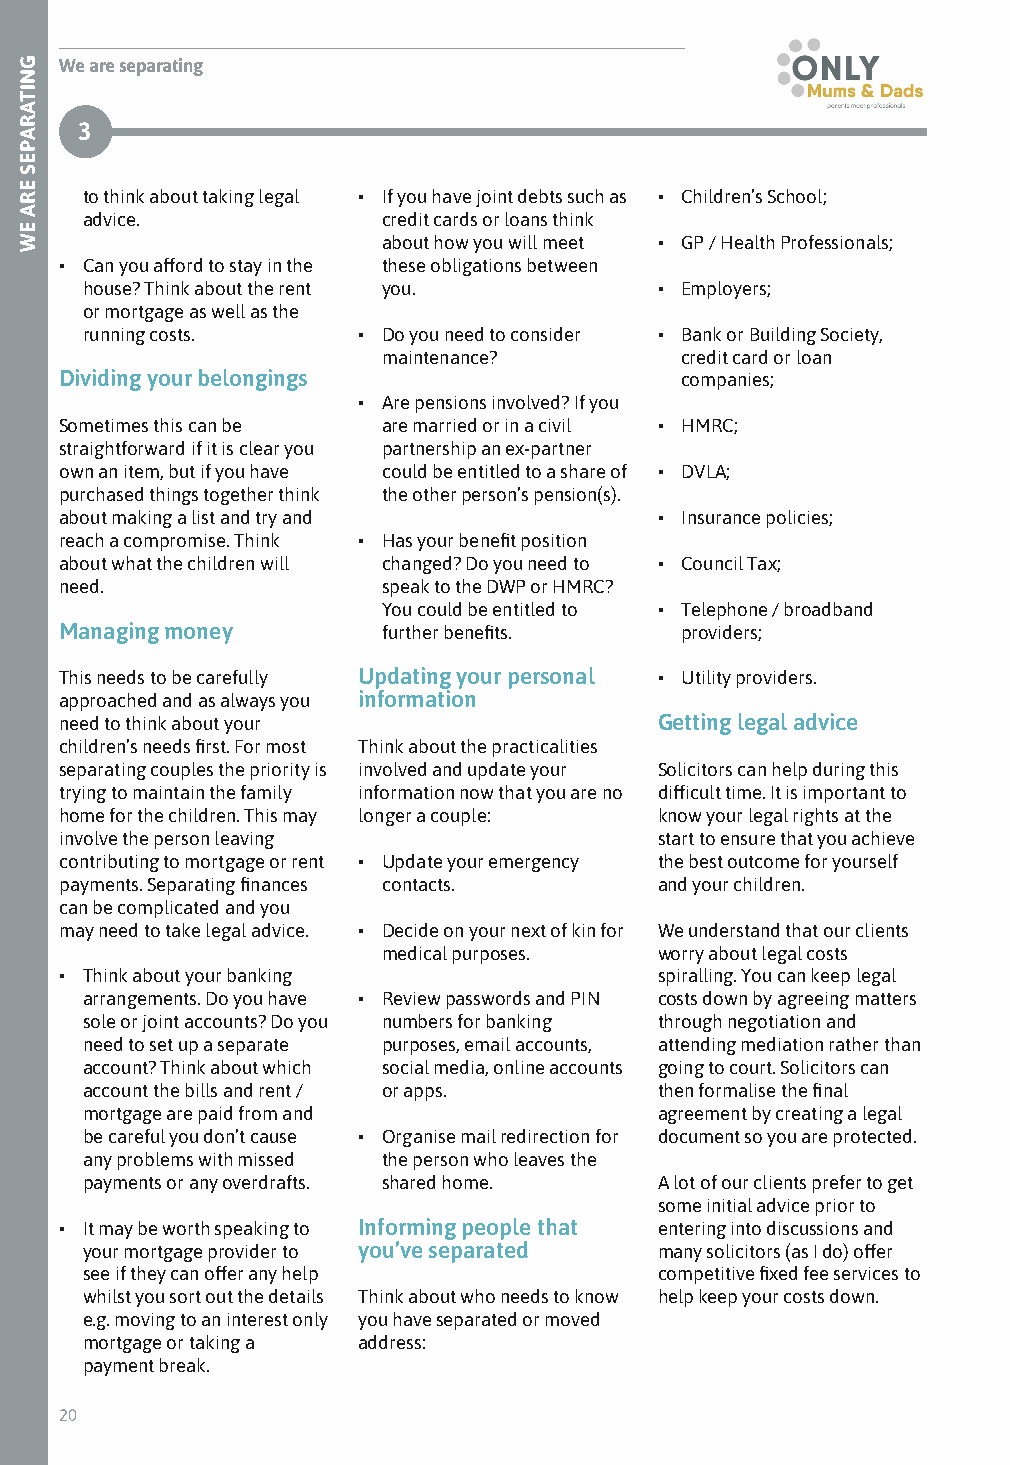
We are separating
 3
 to think about taking legal • If you have joint debts such as • Children’s School;
 advice.             credit cards or loans think
 about how you will meet • GP / Health Professionals;
 • Can you afford to stay in the these obligations between
 house? Think about the rent you.       • Employers;
 or mortgage as well as the
 running costs.     • Do you need to consider • Bank or Building Society,
 maintenance?        credit card or loan
 Dividing your belongings                 companies;
 • Are pensions involved? If you
 Sometimes this can be are married or in a civil • HMRC;
 straightforward if it is clear you partnership an ex-partner
 own an item, but if you have could be entitled to a share of • DVLA;
 purchased things together think the other person’s pension(s).
 about making a list and try and         • Insurance policies;
 reach a compromise. Think • Has your benefit position
 about what the children will changed? Do you need to • Council Tax;
 need.                speak to the DWP or HMRC?
 You could be entitled to • Telephone / broadband
 Managing money       further benefits.   providers;
 This needs to be carefully Updating your personal • Utility providers.
 approached and as always you information
 need to think about your                Getting legal advice
 children’s needs first. For most Think about the practicalities
 separating couples the priority is involved and update your Solicitors can help during this
 trying to maintain the family information now that you are no difficult time. It is important to
 home for the children. This may longer a couple: know your legal rights at the
 involve the person leaving              start to ensure that you achieve
 contributing to mortgage or rent • Update your emergency the best outcome for yourself
 payments. Separating finances contacts. and your children.
 can be complicated and you
 may need to take legal advice. • Decide on your next of kin for We understand that our clients
 medical purposes.  worry about legal costs
 • Think about your banking              spiralling. You can keep legal
 arrangements. Do you have • Review passwords and PIN costs down by agreeing matters
 sole or joint accounts? Do you numbers for banking through negotiation and
 need to set up a separate purposes, email accounts, attending mediation rather than
 account? Think about which social media, online accounts going to court. Solicitors can
 account the bills and rent / or apps.  then formalise the final
 mortgage are paid from and             agreement by creating a legal
 be careful you don’t cause • Organise mail redirection for document so you are protected.
 any problems with missed the person who leaves the
 payments or any overdrafts. shared home. A lot of our clients prefer to get
 some initial advice prior to
 • It may be worth speaking to Informing people that entering into discussions and
 your mortgage provider to you’ve separated many solicitors (as I do) offer
 see if they can offer any help         competitive fixed fee services to
 whilst you sort out the details Think about who needs to know help keep your costs down.
 e.g. moving to an interest only you have separated or moved
 mortgage or taking a address:
 payment break.
 20
 GNITARAPES
 ERA
 EW